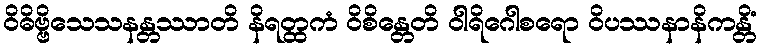
ဝိဓိဗ္ဗိသေသနန္တဿာတိ နိရတ္ထကံ ဝိစိန္တေတိ ဝါရိဂေါစရော ဝိပဿနာနိကန္တိံ